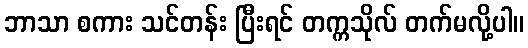
ဘာသာ စကား သင်တန်း ပြီးရင် တက္ကသိုလ် တက်မလို့ပါ။